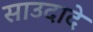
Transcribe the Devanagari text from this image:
साउदादे